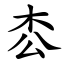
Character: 枩